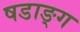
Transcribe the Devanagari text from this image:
षडाङ्ग